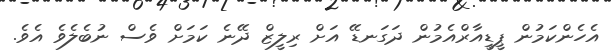
އެހެންކަމުން ޕީޑީއާރްއެމުން ދަގަނޑޭ އަށް ރިލީޒް ދޭނެ ކަމަށް ވެސް ނުބެލެވެ އެވެ.